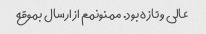
عالی و تازه بود. ممنونمم از ارسال بموقع